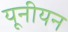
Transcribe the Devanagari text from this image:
यूनीयन